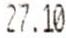
27.10